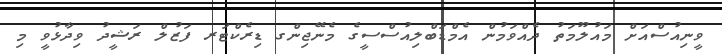
ވީނިއުސްއަށް މައުލޫމަތު ދެއްވަމުން އެމްޑަބްލިއުސްސީގެ މެނޭޖިންގ ޑިރެކްޓަރ ފަޒުލް ރަޝީދު ވިދާޅުވީ މި